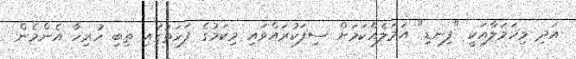
އަދި މިހަމަލާއަކީ "ފިނޑި" އަމަލެއްކަމަށް ސިފަކުރައްވައި މިކަމުގެ ފަހަތުގައި ތިބި ހުރިހާ އެންމެން